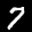
Label: 7